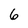
Character: 6